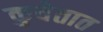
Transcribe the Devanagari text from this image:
कुवेतात